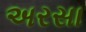
અરસા